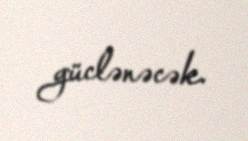
güclənəcək.